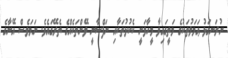
ނުރަނގަޅު ޢަމަލުތަކުގެ މަތީގައިވާ މީހާވަނީ ކެކުޅުތަކާއި ނަފްސާނީ ވޭންތަކެއްގެ ތެރޭގައެވެ. ނަމަވެސް އޭނާގެ